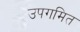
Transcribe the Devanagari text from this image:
उपगमित